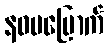
နဝမမြောက်